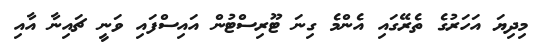
މިދިޔަ އަހަރުގެ ތެރޭގައި އެންމެ ގިނަ ޓޫރިސްޓުން އައިސްފައި ވަނީ ޗައިނާ އާއި